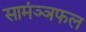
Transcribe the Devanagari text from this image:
सामंञ्ञफल